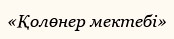
«Қолөнер мектебі»